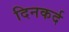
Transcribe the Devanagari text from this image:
दिनकर्द